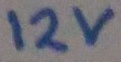
Text: 12V